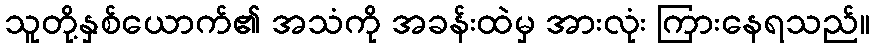
သူတို့နှစ်ယောက်၏ အသံကို အခန်းထဲမှ အားလုံး ကြားနေရသည်။